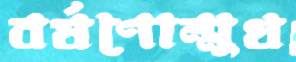
বর্ষণোন্মুখ